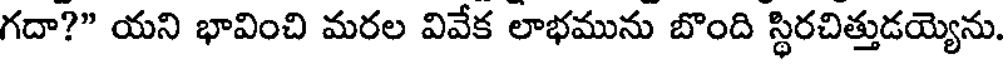
గదా?" యని భావించి మరల వివేక లాభమును బొంది స్థిరచిత్తుడయ్యెను.